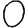
Digit: 0